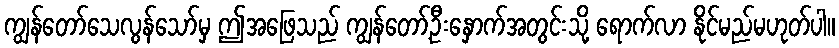
ကျွန်တော်သေလွန်သော်မှ ဤအဖြေသည် ကျွန်တော့်ဦးနှောက်အတွင်းသို့ ရောက်လာ နိုင်မည်မဟုတ်ပါ။